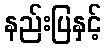
နည်းပြနှင့်